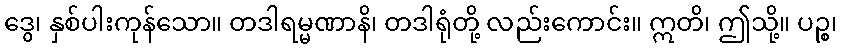
ဒွေ၊ နှစ်ပါးကုန်သော။ တဒါရမ္မဏာနိ၊ တဒါရုံတို့ လည်းကောင်း။ ဣတိ၊ ဤသို့။ ပဉ္စ၊